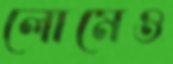
লোমেও